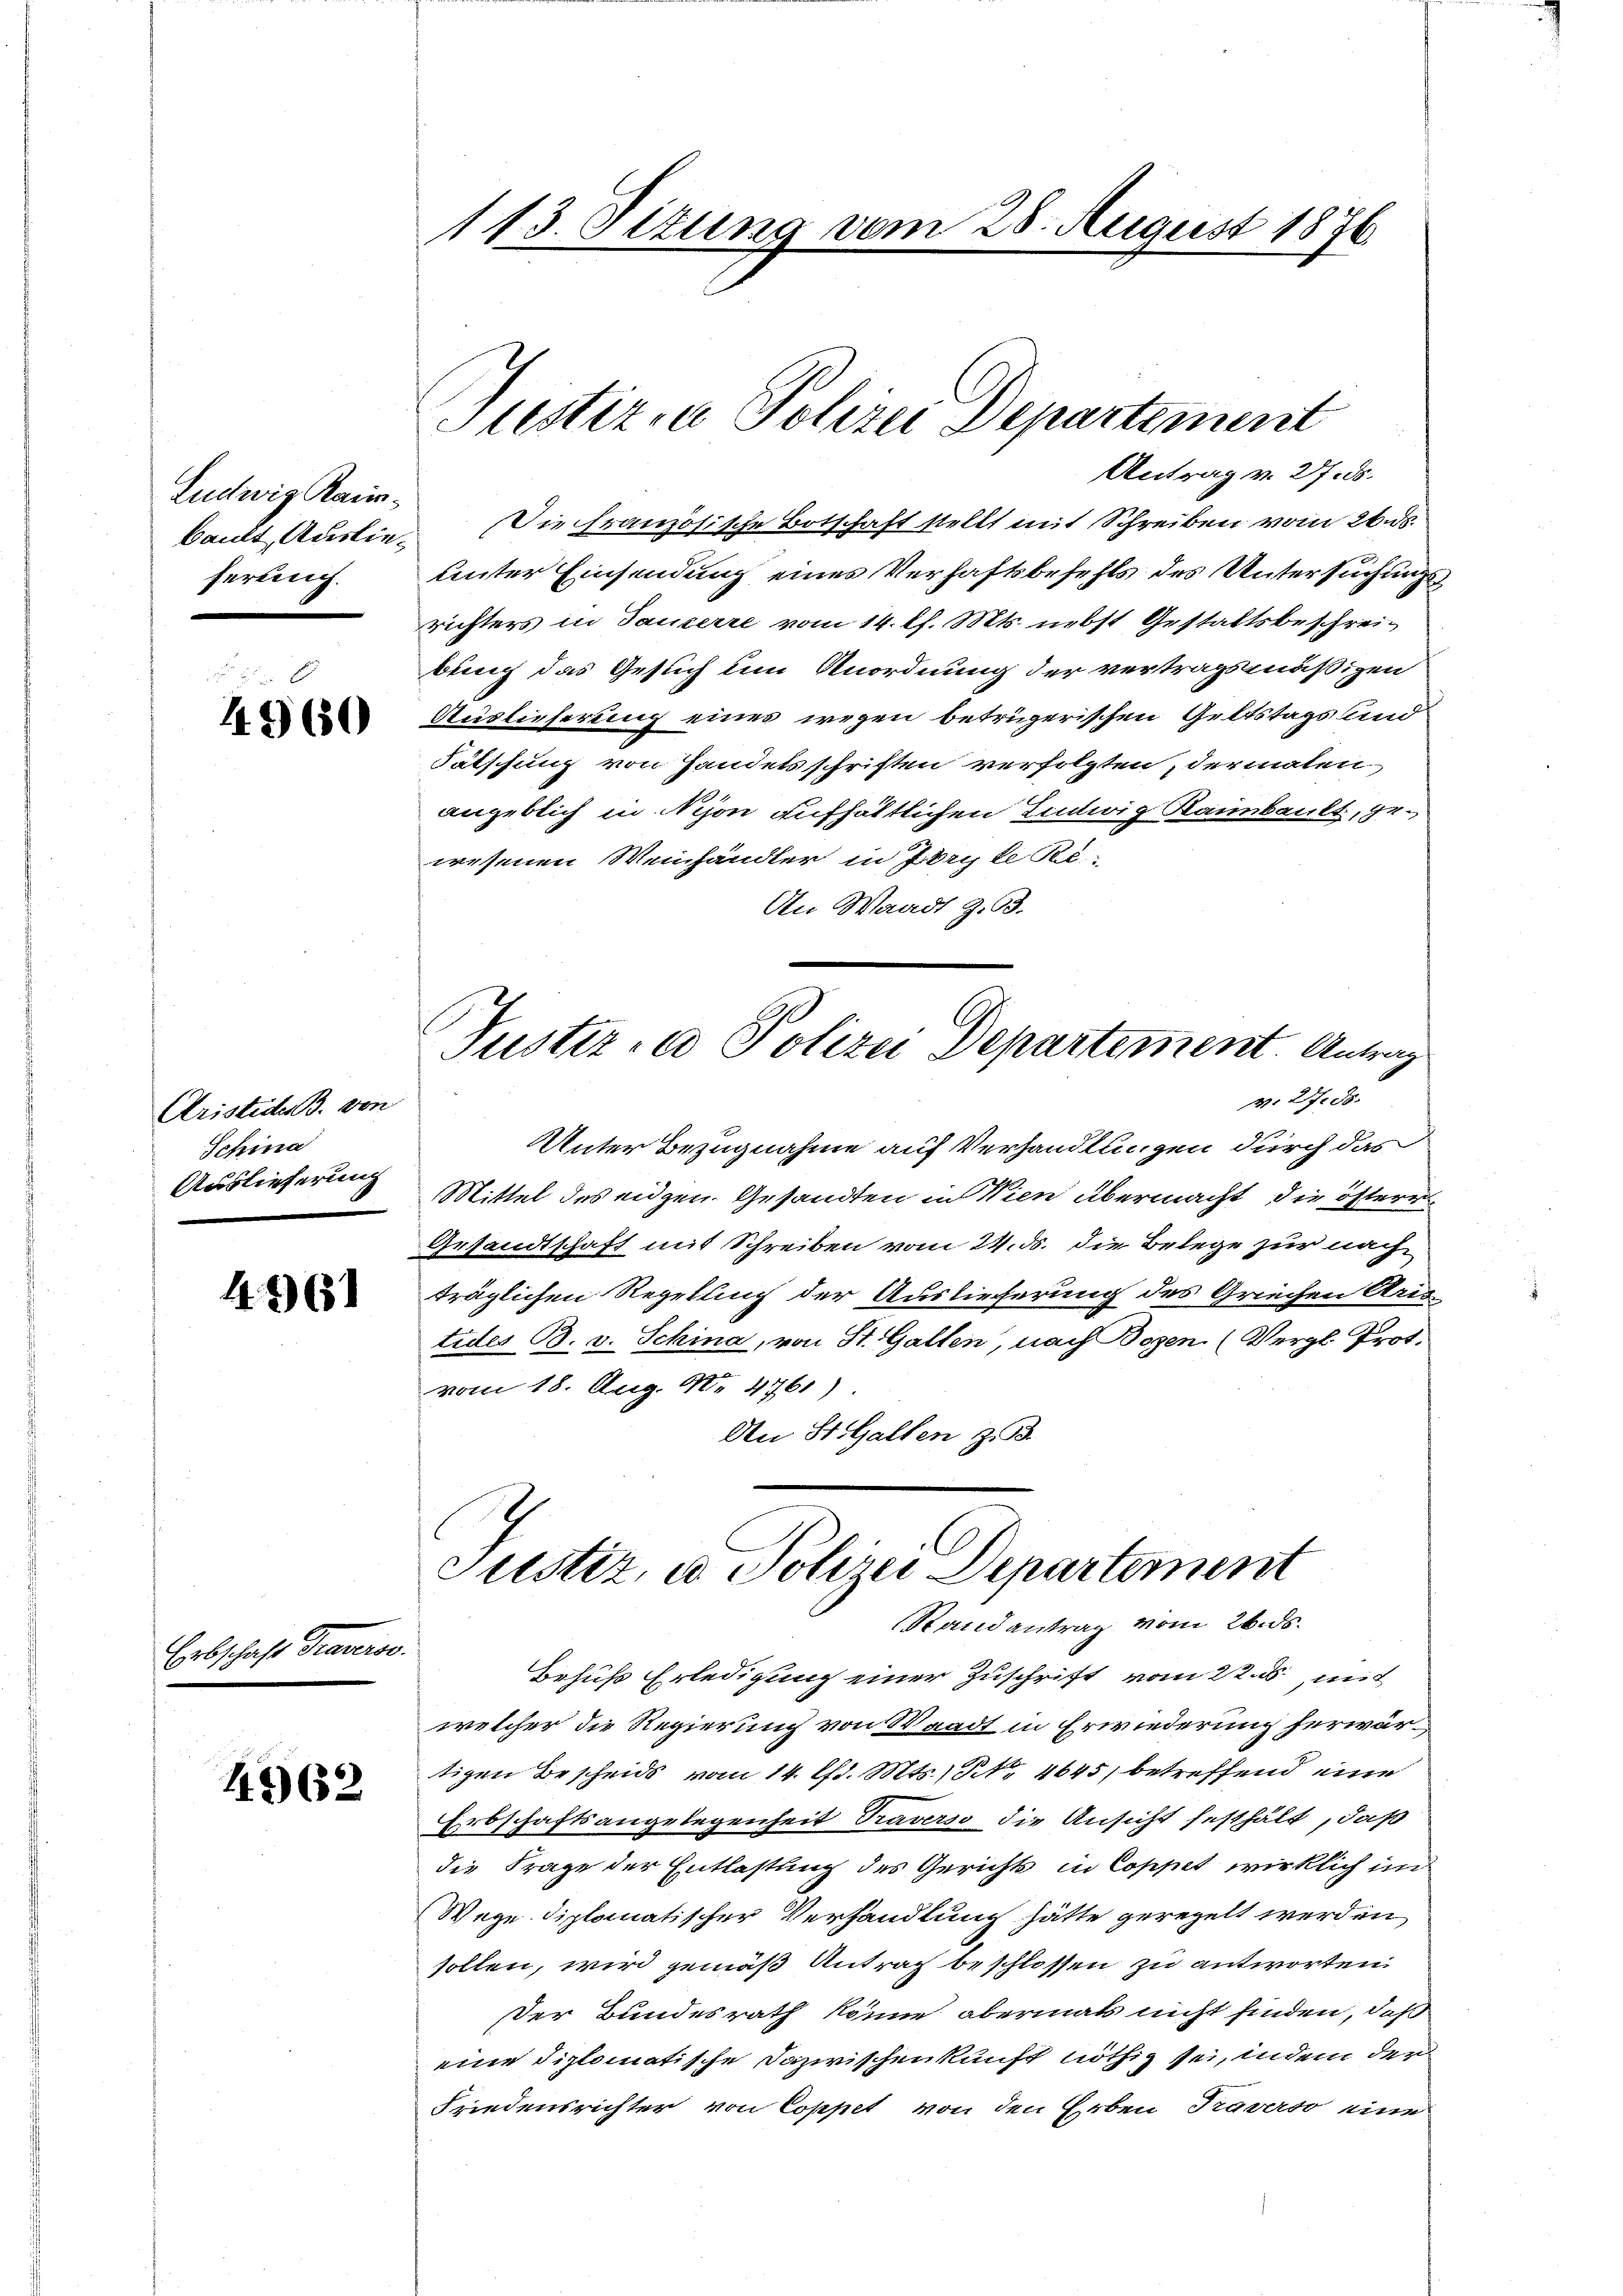
Ludwig Rainferung.

4960

Kristidu B. von
Schina
Auslieferung

44) 61

Erbschaft drastis

4962

113. Situng vom 28. August 1876.

Antrag v. 27. ds.
bailt, Auslie. Die französische Botschaft stellt mit Schreiben vom 26. ds.
unter Einsendung eines Verhaftsbefehls des Untersuchung
richters in Tauserre vom 14. Ch. Mts. nebst Gestaltsbeschreibung das Gesuch um Anordnung der vertragsmäßigen
Auslieferung eines wegen betrügerischen Geltstags und
Fätschung von Handelsschriften verfolgten, dermaten
angeblich in Nyon aufhältlichen Eintwig Raumbault, gewesenen Weinhändler in Zory le Tec
An Waadt Z. 93.
Justiz- u Polizei Departement. Antrag
v. 27. ds.
Unter Bezugnahme auf Verhandlungen durch das
Mittel des eidgen. Gesandten in Wien übermacht, die österen
Gesandtschaft mit Schreiben vom 24. ds. die Belege zur nach
träglichen Regelung der Auslieferung des Griechen Aris
tides B. v. Schina, von St. Gallen, nach Bozen (Vergl. Prot.
vom 18. Aug. 18. 4761)
An St. Gallen z. B.

Justizen Polizei Departement

Justiz, u. Polizei Departement
Stand antrag vom 26. ds.

Behufs Erledigung einer Zuschrift vom 22. ds., mit
welcher die Regierung von Waadt in Erwiederung herwärtigen Bescheids vom 14. l. Mts., No. 4645, betreffend eine
Erbschaftsangelegenheit Traverso die Ansicht festhält, daß
die Frage der Entlastung des Gerichts in Coppet wirklich im
Wege diplomatischer Verhandlung hätte geregelt werden
sollen, wird gemäß Antrag beschlossen zu antworten.
er Bundesrath könne, abermals nicht finden, daß
eine diplomatische Dazwischenkunft nöthig sei, indem der
Friedensrichter von Coppet von den Erben Traverso eine